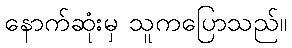
နောက်ဆုံးမှ သူကပြောသည်။